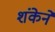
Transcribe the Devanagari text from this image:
शंकेने